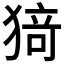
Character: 𭸟